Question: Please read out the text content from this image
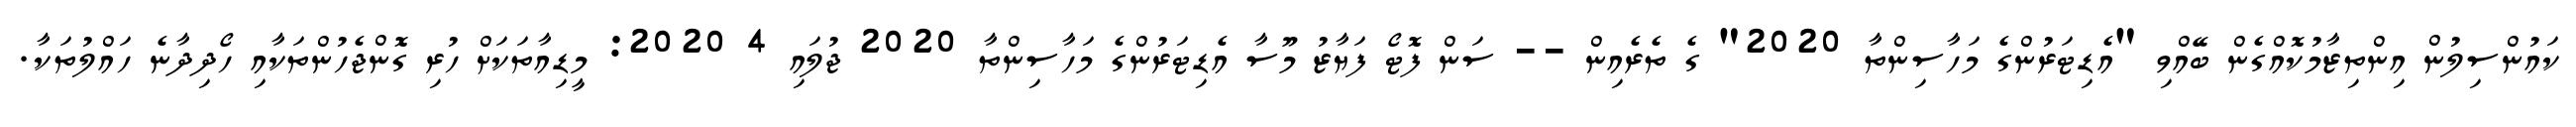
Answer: ކައުންސިލުން އިންތިޒާމުކޮއްގެން ބޭއްވި "އެޑިޓަރުންގެ މަހާސިންތާ 2020" ގެ ތެރެއިން -- ސަން ފޮޓޯ ފަޔާޒު މޫސާ އެޑިޓަރުންގެ މަހާސިންތާ 2020 ޖުލައި 4 2020: މީޑިއާތަކަށް ހުރި ގޮންޖެހުންތަކާއި ހޯދިދާނެ ހައްލުތަކާ.